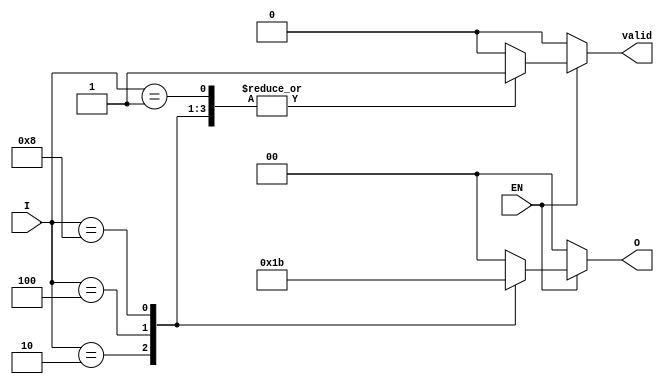
module one_of_n_encoder (
    input wire EN,                 // Enable signal
    input wire [3:0] I,           // 4 input lines
    output reg [1:0] O,           // 2-bit output for encoding
    output reg valid               // Valid output indicator
);

always @(*) begin
    // Default values
    O = 2'b00;                    // Default output
    valid = 1'b0;                 // Default valid output

    // Check if enable is high
    if (EN) begin
        case (I)
            4'b0001: begin       // Input 0 active
                O = 2'b00;       // Output 00
                valid = 1'b1;    // Valid output
            end
            4'b0010: begin       // Input 1 active
                O = 2'b01;       // Output 01
                valid = 1'b1;    // Valid output
            end
            4'b0100: begin       // Input 2 active
                O = 2'b10;       // Output 10
                valid = 1'b1;    // Valid output
            end
            4'b1000: begin       // Input 3 active
                O = 2'b11;       // Output 11
                valid = 1'b1;    // Valid output
            end
            default: begin        // No valid input
                O = 2'b00;       // Default output
                valid = 1'b0;    // Invalid output
            end
        endcase
    end else begin
        // If not enabled, set outputs to default
        O = 2'b00;                 // Default output
        valid = 1'b0;              // Invalid output
    end
end

endmodule